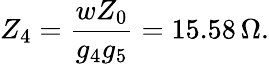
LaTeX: Z_{4}=\frac{wZ_{0}}{g_{4}g_{5}}=15.58\, \Omega.